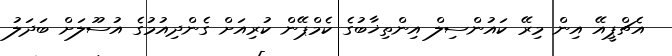
އެޗްޕީއޭ އިން މިރޭ ކައުންސިލް އިންތިޚާބުގެ ކެމްޕޭން ކުރިއަށް ގެންދިއުމުގެ އުސޫލަށް ބަދަލު